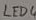
Text: LED4